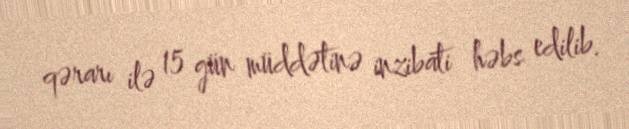
qərarı ilə 15 gün müddətinə inzibati həbs edilib.